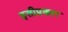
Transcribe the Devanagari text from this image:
इसीप्रकार